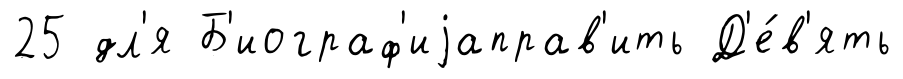
25 дл'я Б'иограф'иjаправ'ить Д'е́в'ять